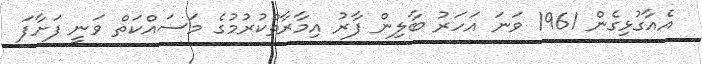
އެއާގުޅިގެން 1961 ވަނަ އަހަރު ބާލިން ފާރު އިމާރާތްކުރުމުގެ މަސައްކަތް ވަނީ ފަށާފަ